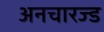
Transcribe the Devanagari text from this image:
अनचारज्ड